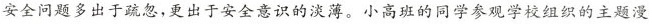
安全问题多出于疏忽，更出于安全意识的淡薄。小高班的同学参观学校组织的主题漫